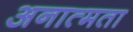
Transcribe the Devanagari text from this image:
अनात्मता